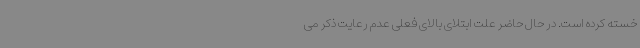
خسته کرده است. در حال حاضر علت ابتلای بالای فعلی عدم رعایت ذکر می